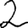
Digit: 2